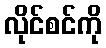
လိုင်စင်ကို